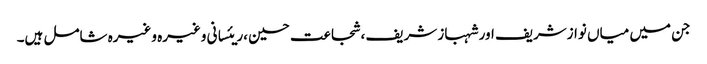
جن میں میاں نوازشریف اور شہباز شریف ،شجاعت حسین ،ریئسانی وغیرہ وغیرہ شامل ہیں۔